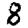
Digit: 8